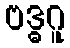
ဗဒ္ဓဂူ